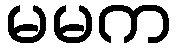
မမက